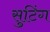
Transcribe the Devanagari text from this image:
सुटिंग